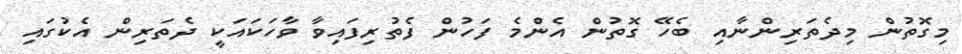
މިގޮތުން މިދެތަރިންނާއި ބެހޭ ގޮތުން އެންމެ ފަހުން ފެތުރިފައިވާ ވާހަކައަކީ ދެތަރިން އެކުގައި